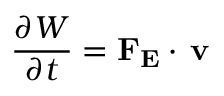
{ \frac { \partial W } { \partial t } } = \mathbf { F _ { E } } \cdot \, \mathbf { v }